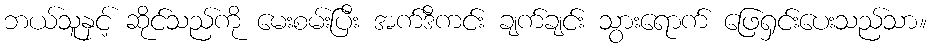
ဘယ်သူနှင့် ဆိုင်သည်ကို မေးစမ်းပြီး အက်ဒီကင်း ချက်ချင်း သွားရောက် ဖြေရှင်းပေးသည်သာ။